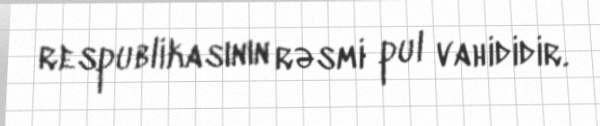
respublikasının rəsmi pul vahididir.